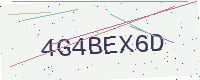
Text: 4G4BEX6D